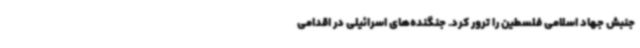
جنبش جهاد اسلامی فلسطین را ترور کرد. جنگنده‌های اسرائیلی در اقدامی